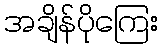
အချိန်ပိုကြေး